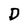
Character: D